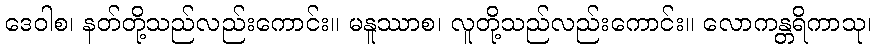
ဒေဝါစ၊ နတ်တို့သည်လည်းကောင်း။ မနူဿာစ၊ လူတို့သည်လည်းကောင်း။ လောကန္တရိကာသု၊